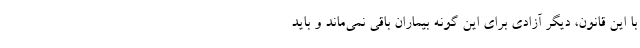
با این قانون، دیگر آزادی برای این گونه بیماران باقی نمی‌ماند و باید